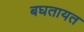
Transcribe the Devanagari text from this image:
बघतायत